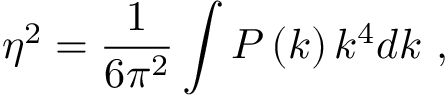
\eta ^ { 2 } = \frac { 1 } { 6 \pi ^ { 2 } } \int P \left( k \right) k ^ { 4 } d k \ ,